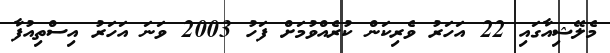
މެލޭޝިއާގައި 22 އަހަރު ވެރިކަން ކުރެއްވުމަށް ފަހު 2003 ވަނަ އަހަރު އިސްތިއުފާ